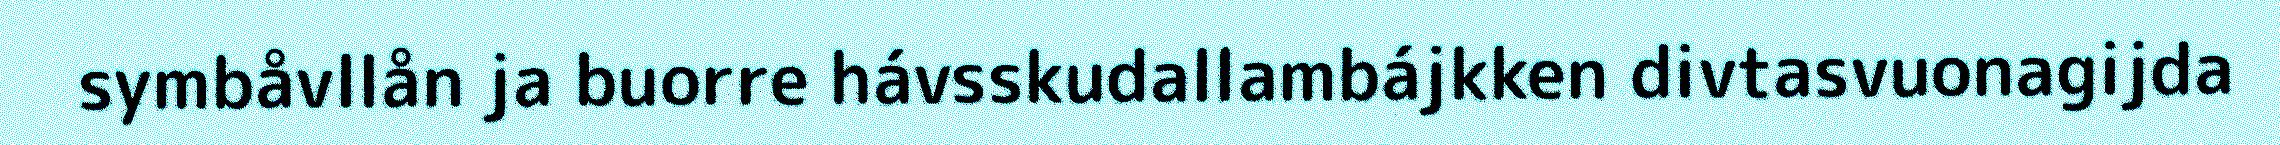
symbåvllån ja buorre hávsskudallambájkken divtasvuonagijda